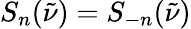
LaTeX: S_{n}(\tilde{\nu})=S_{-n}(\tilde{\nu})